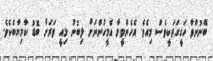
ބޭނުންވާ ހަގީގަތަކީވެސް މިއެވެ. އެހެންވީމާ އެމީހުންނަށް ލިބުނު މިއީ ވަރަށް ބޮޑު ކާމިޔާބެކެވެ.